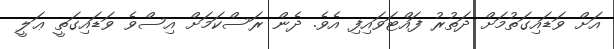
އަށް ވަޑައިގަތުމަށް ދަތުރު ފައްޓަވައިފި އެވެ. ދެން ރަސްކަމަށް އިސްވެ ވަޑައިގަތީ ޢަލީ